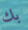
بك